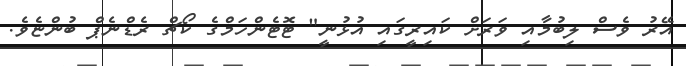
އޭރު ވެސް ލިބުމާއި ވަރަށް ކައިރީގައި އުޅުނީ" ޓޮޓެންހަމްގެ ކޯޗް ރެޑްނެޕް ބުންޏެވެ.